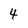
Character: 4